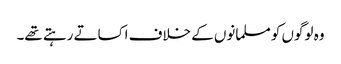
وہ لوگوں کو مسلمانوں کے خلاف اکساتے رہتے تھے۔